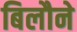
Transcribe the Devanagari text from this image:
बिलौने